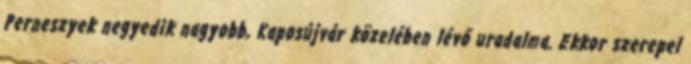
Perneszyek negyedik nagyobb, Kaposújvár közelében lévő uradalma. Ekkor szerepel